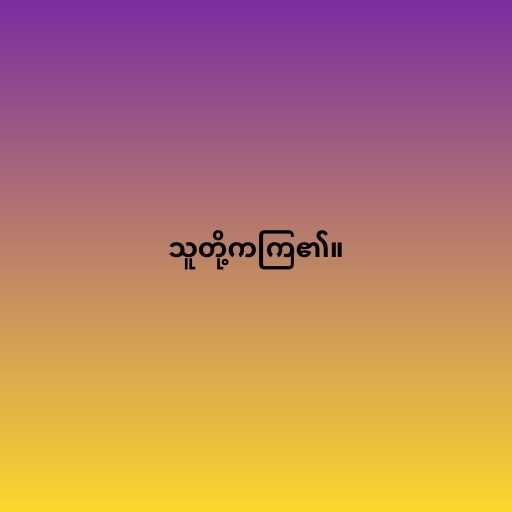
သူတို့ကကြ၏။